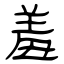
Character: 羞